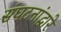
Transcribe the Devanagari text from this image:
संघटनांद्वारे